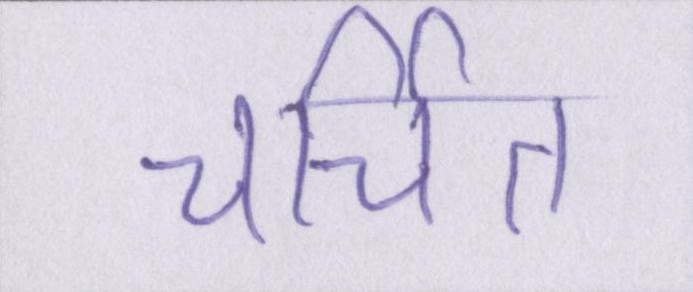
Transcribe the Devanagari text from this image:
चर्चित